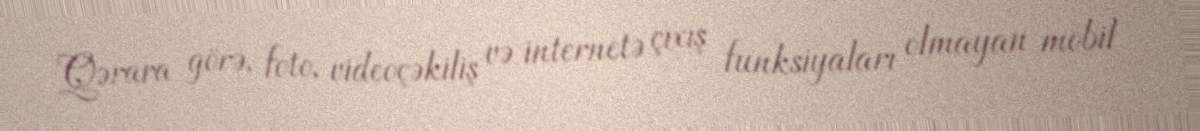
Qərara görə, foto, videoçəkiliş və internetə çıxış funksiyaları olmayan mobil